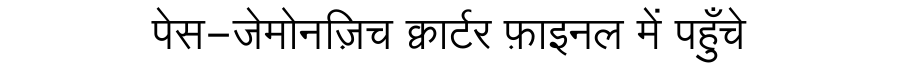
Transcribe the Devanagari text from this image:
पेस-जेमोनज़िच क्वार्टर फ़ाइनल में पहुँचे